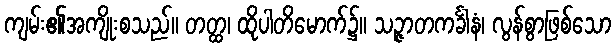
ကျမ်း၏အကျိုးစသည်။ တတ္ထ၊ ထိုပါတိမောက်၌။ သဉ္ဇာတကင်္ခါနံ၊ လွန်စွာဖြစ်သော